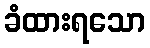
ခံထားရသော